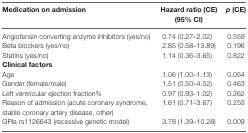
<table><thead><tr><td><b>Medication on admission</b></td><td><b>Hazard ratio (CE) (95% CI)</b></td><td><b><i>p</i> (CE)</b></td></tr></thead><tbody><tr><td>Angiotensin converting enzyme inhibitors (yes/no)</td><td>0.74 (0.27–2.02)</td><td>0.559</td></tr><tr><td>Beta blockers (yes/no)</td><td>2.85 (0.58–13.89)</td><td>0.196</td></tr><tr><td>Statins (yes/no)</td><td>1.14 (0.36–3.65)</td><td>0.822</td></tr><tr><td><b>Clinical factors</b></td><td></td><td></td></tr><tr><td>Age</td><td>1.06 (1.00–1.13)</td><td>0.054</td></tr><tr><td>Gender (female/male)</td><td>1.51 (0.50–4.52)</td><td>0.463</td></tr><tr><td>Left ventricular ejection fraction%</td><td>0.97 (0.93–1.02)</td><td>0.262</td></tr><tr><td>Reason of admission (acute coronary syndrome, stable coronary artery disease, other)</td><td>1.61 (0.71–3.67)</td><td>0.255</td></tr><tr><td>GPla rs1126643 (recessive genetic model)</td><td>3.78 (1.39–10.28)</td><td>0.009</td></tr></tbody></table>